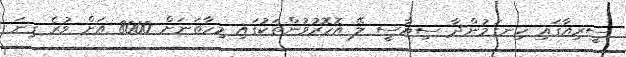
ސީރިއާގައި ހިނގަމުންދާ ސިޔާސީ ލޭ އޮހޮރުވުންތަކުގައި މިހާތަނަށް 8000 އަށް ވުރެ ގިނަ